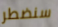
سنضطر